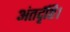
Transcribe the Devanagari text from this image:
अंतर्दृष्टि।